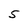
Character: 5